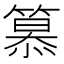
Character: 𥲸